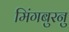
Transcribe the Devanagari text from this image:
मिंगबुरनु